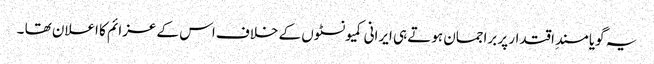
یہ گویا مسندِ اقتدار پر براجمان ہوتے ہی ایرانی کمیونسٹوں کے خلاف اس کے عزائم کا اعلان تھا ۔